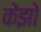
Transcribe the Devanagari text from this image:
केंझो